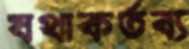
যথাকর্তব্য